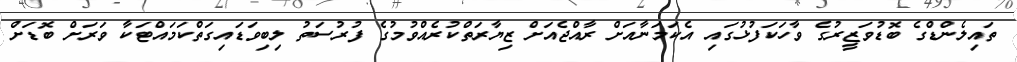
ތައިލެންޑްގެ ބޮޑުވަޒީރުގެ ވާހަކަފުޅުގައި އެކަމަނާއަށް ރާއްޖެއަށް ޒިޔާރަތްކުރެއްވުމުގެ ފުރުސަތު ލިބިވަޑައިގަތްކަމައްޓަކާ ވަރަށް ބޮޑަށް